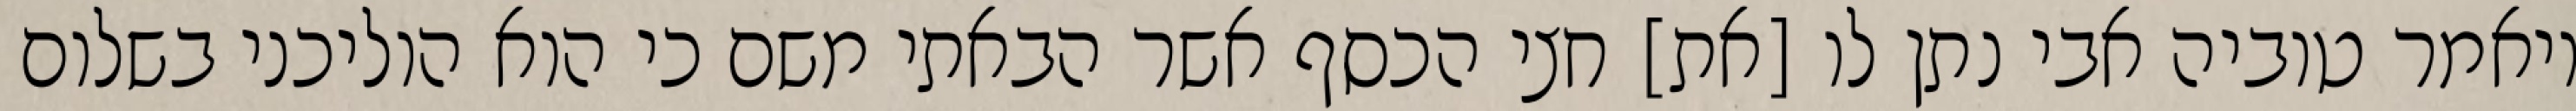
ויאמר טוביה אבי נתן לו [את] חצי הכסף אשר הבאתי משם כי הוא הוליכני בשלום